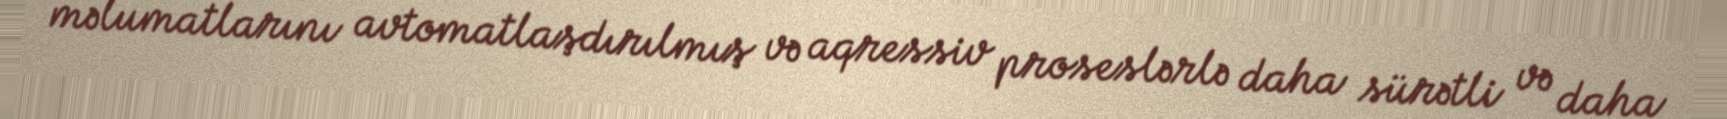
məlumatlarını avtomatlaşdırılmış və aqressiv proseslərlə daha sürətli və daha